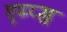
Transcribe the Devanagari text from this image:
एम्प्स